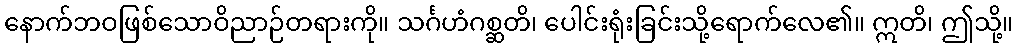
နောက်ဘဝဖြစ်သောဝိညာဉ်တရားကို။ သင်္ဂဟံဂစ္ဆတိ၊ ပေါင်းရုံးခြင်းသို့ရောက်လေ၏။ ဣတိ၊ ဤသို့။